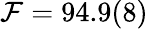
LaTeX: {\mathcal F}=94.9(8)\